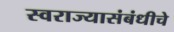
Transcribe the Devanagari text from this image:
स्वराज्यासंबंधीचे